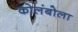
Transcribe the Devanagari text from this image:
कोलंबोला